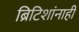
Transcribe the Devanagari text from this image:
ब्रिटिशांनाही